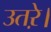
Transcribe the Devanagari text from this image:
उतऱे।